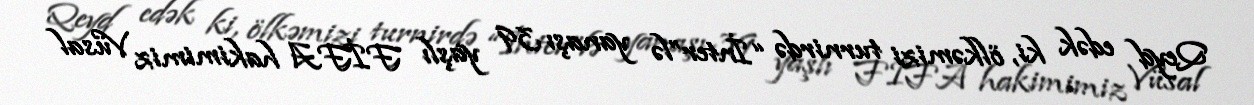
Qeyd edək ki, ölkəmizi turnirdə “İnter”lə yanaşı 39 yaşlı FİFA hakimimiz Vüsal